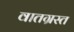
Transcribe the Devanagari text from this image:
वातग्रस्त